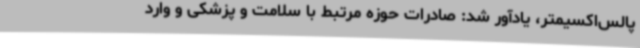
پالس‌اکسیمتر، یادآور شد: صادرات حوزه مرتبط با سلامت و پزشکی و وارد